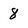
Character: 8